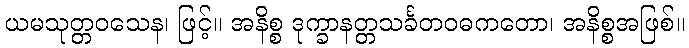
ယမသုတ္တဝသေန၊ ဖြင့်။ အနိစ္စ ဒုက္ခာနတ္တသင်္ခတဝဓကတော၊ အနိစ္စအဖြစ်။